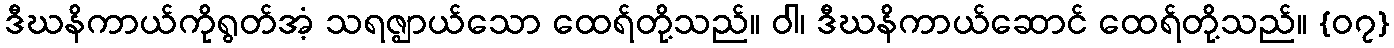
ဒီဃနိကာယ်ကိုရွတ်အံ့ သရဇ္ဈာယ်သော ထေရ်တို့သည်။ ဝါ၊ ဒီဃနိကာယ်ဆောင် ထေရ်တို့သည်။ {၀၇}